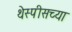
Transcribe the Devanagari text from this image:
थेस्पीसच्या